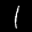
Label: 1